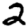
Digit: 2